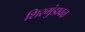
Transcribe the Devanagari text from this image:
शिरमुंडावळ